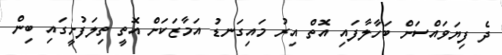
ދެ ފިޔަވައްސަށް ބަހާލާފައި އޮތް އިރު މައިގަނޑު އަމާޒަކަށް އޮތީ ތިލަފުށީގައި ބިން